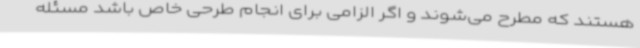
هستند که مطرح می‌شوند و اگر الزامی برای انجام طرحی خاص باشد مسئله